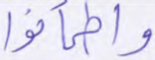
واطمأنوا